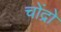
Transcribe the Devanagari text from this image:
चोंद्रो